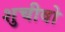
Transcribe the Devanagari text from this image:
शुचीवो